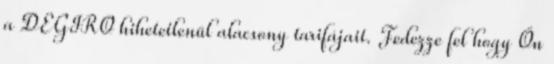
a DEGIRO hihetetlenül alacsony tarifájait. Fedezze fel hogy Ön